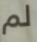
لم